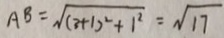
A B = \sqrt { ( 3 + 1 ) ^ { 2 } + 1 ^ { 2 } } = \sqrt { 1 7 }